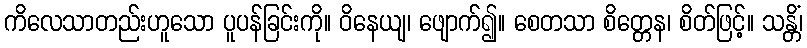
ကိလေသာတည်းဟူသော ပူပန်ခြင်းကို။ ဝိနေယျ၊ ဖျောက်၍။ စေတသာ စိတ္တေန၊ စိတ်ဖြင့်။ သန္တိံ၊